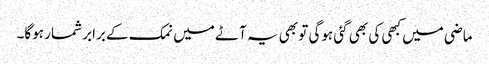
ماضی میں کبھی کی بھی گئی ہوگی تو بھی یہ آٹے میں نمک کے برابر شمار ہوگا۔